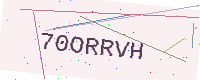
Text: 70ORRVH